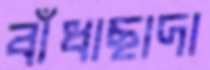
বাঁধাছাদা